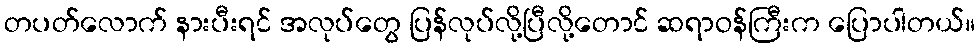
တပတ်လောက် နားပီးရင် အလုပ်တွေ ပြန်လုပ်လို့ပြီလို့တောင် ဆရာဝန်ကြီးက ပြောပါတယ်။